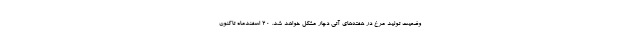
وضعیت تولید مرغ در هفته‌های آتی دچار مشکل خواهد شد. ۲۰ اسفندماه تاکنون